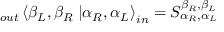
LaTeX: _ { o u t } \left\langle \beta _ { L } , \beta _ { R } \right. \left| \alpha _ { R } , \alpha _ { L } \right\rangle _ { i n } = S _ { \alpha _ { R } , \alpha _ { L } } ^ { \beta _ { R } , \beta _ { L } }